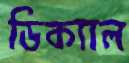
ডিক্যাল